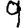
Digit: 9